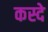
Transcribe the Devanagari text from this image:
कस्दे